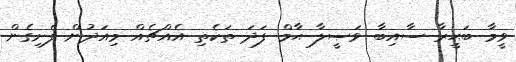
ވީމާ ބަޙީރާ ސާއިބާ ވަޞީލާ ޙާމް ފަދަ ތަކެތި އެއްޗެއް މިއަދުން ފެށިގެން